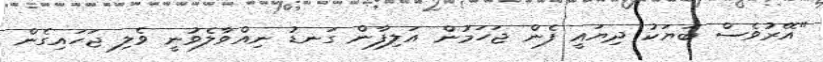
"އޭރުވެސް ބަޔަކު ދިޔައީ ފެން ޖަހަމުން އަލިފާން ގަނޑު ނިއްވާލެވުނީ ވެލި ޖަހައިގެން